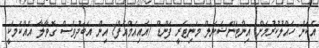
އެކަން ހައްލުކުރުމަށް އިންޓަނޭޝަނަލް މަނިޓަރީ ފަންޑް (އައިއެމްއެފް) އިން އަބަދުވެސް ގޮވާލާ އެއްކަމަކީ